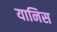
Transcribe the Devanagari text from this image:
यानिस